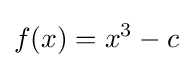
f(x)=x^{3}-c